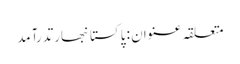
متعلقہ عنوان : پاکستانبھارتدرآمد